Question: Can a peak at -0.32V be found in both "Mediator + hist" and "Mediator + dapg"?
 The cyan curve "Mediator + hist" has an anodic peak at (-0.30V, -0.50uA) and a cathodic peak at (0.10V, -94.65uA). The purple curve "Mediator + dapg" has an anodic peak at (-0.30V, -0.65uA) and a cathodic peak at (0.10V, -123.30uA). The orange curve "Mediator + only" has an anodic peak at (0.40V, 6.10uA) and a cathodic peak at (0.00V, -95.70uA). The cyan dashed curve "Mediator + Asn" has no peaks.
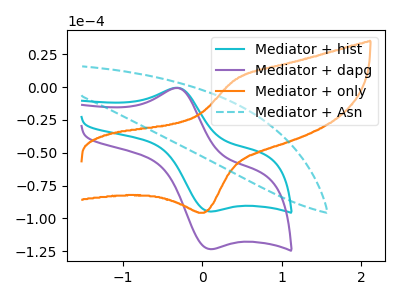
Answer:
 <answer>Yes, "Mediator + hist" and "Mediator + dapg" share a peak at -0.32V.</answer>
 <eval>match</eval>